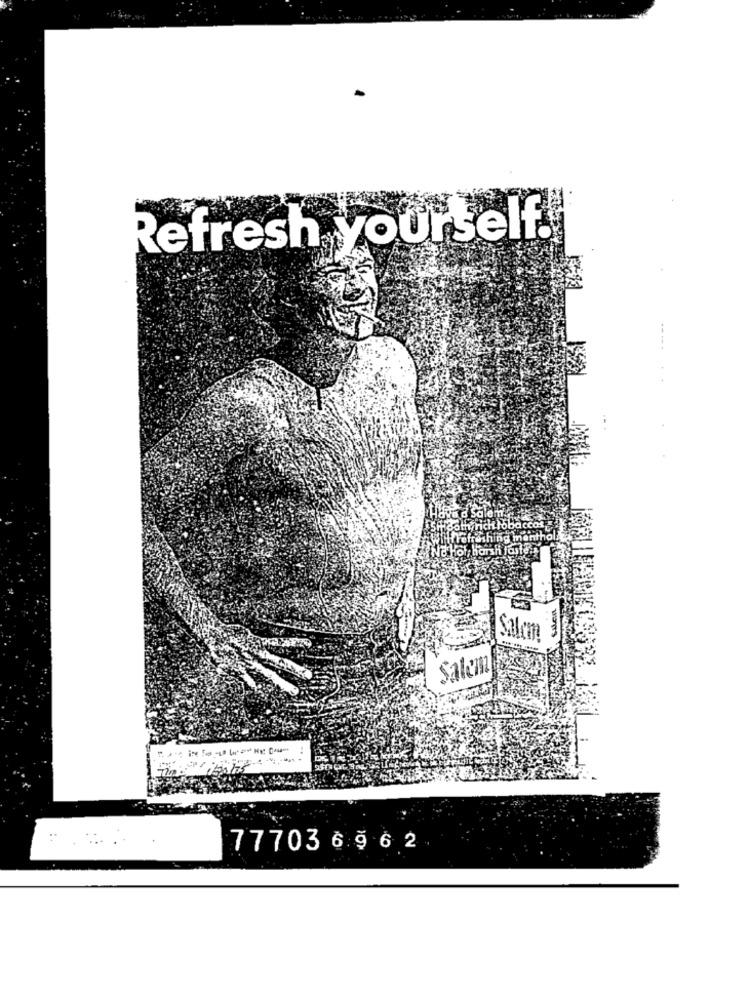
Refresh yourself.
menth
Ne Hol, harsh faster
Salem 3
Salem
77703 6 9 6 2